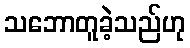
သဘောတူခဲ့သည်ဟု